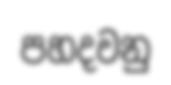
පහදවනු